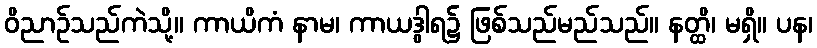
ဝိညာဉ်သည်ကဲသို့။ ကာယိကံ နာမ၊ ကာယဒွါရ၌ ဖြစ်သည်မည်သည်။ နတ္ထိ၊ မရှိ။ ပန၊